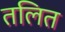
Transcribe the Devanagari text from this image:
तलित